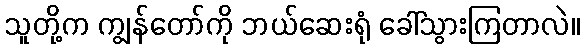
သူတို့က ကျွန်တော်ကို ဘယ်ဆေးရုံ ခေါ်သွားကြတာလဲ။